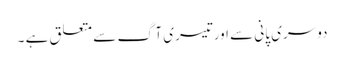
دوسری پانی سے اورتیسری آگ سے متعلق ہے ۔